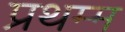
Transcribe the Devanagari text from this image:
प्रथम्म